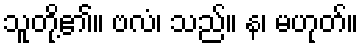
သူတို့၏။ ဗလံ၊ သည်။ န၊ မဟုတ်။